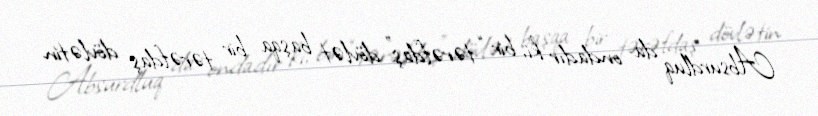
Absurdluq da ondadır ki, bir “tərəfdaş” dövlət başqa bir tərəfdaş dövlətin